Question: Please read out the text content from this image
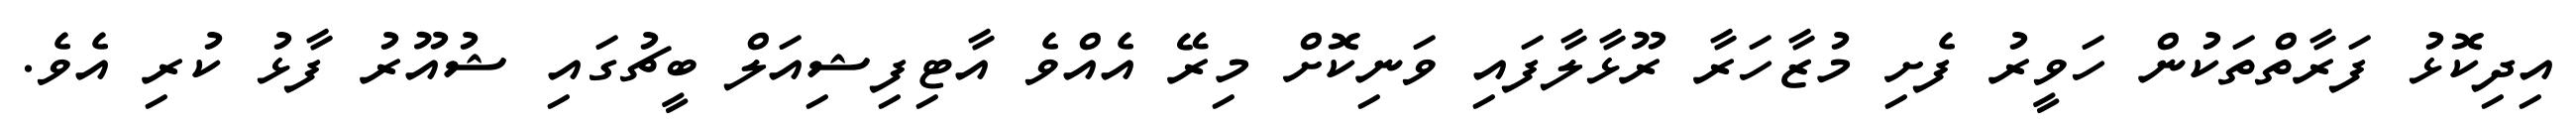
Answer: އިދިކޮޅު ފަރާތްތަކުން ހަވީރު ފެށި މުޒާހަރާ ރޫޅާލާފައި ވަނިކޮށް މިރޭ އެއްވެ އާޓިފިޝިއަލް ބީޗުގައި ޝުއޫރު ފާޅު ކުރި އެވެ.